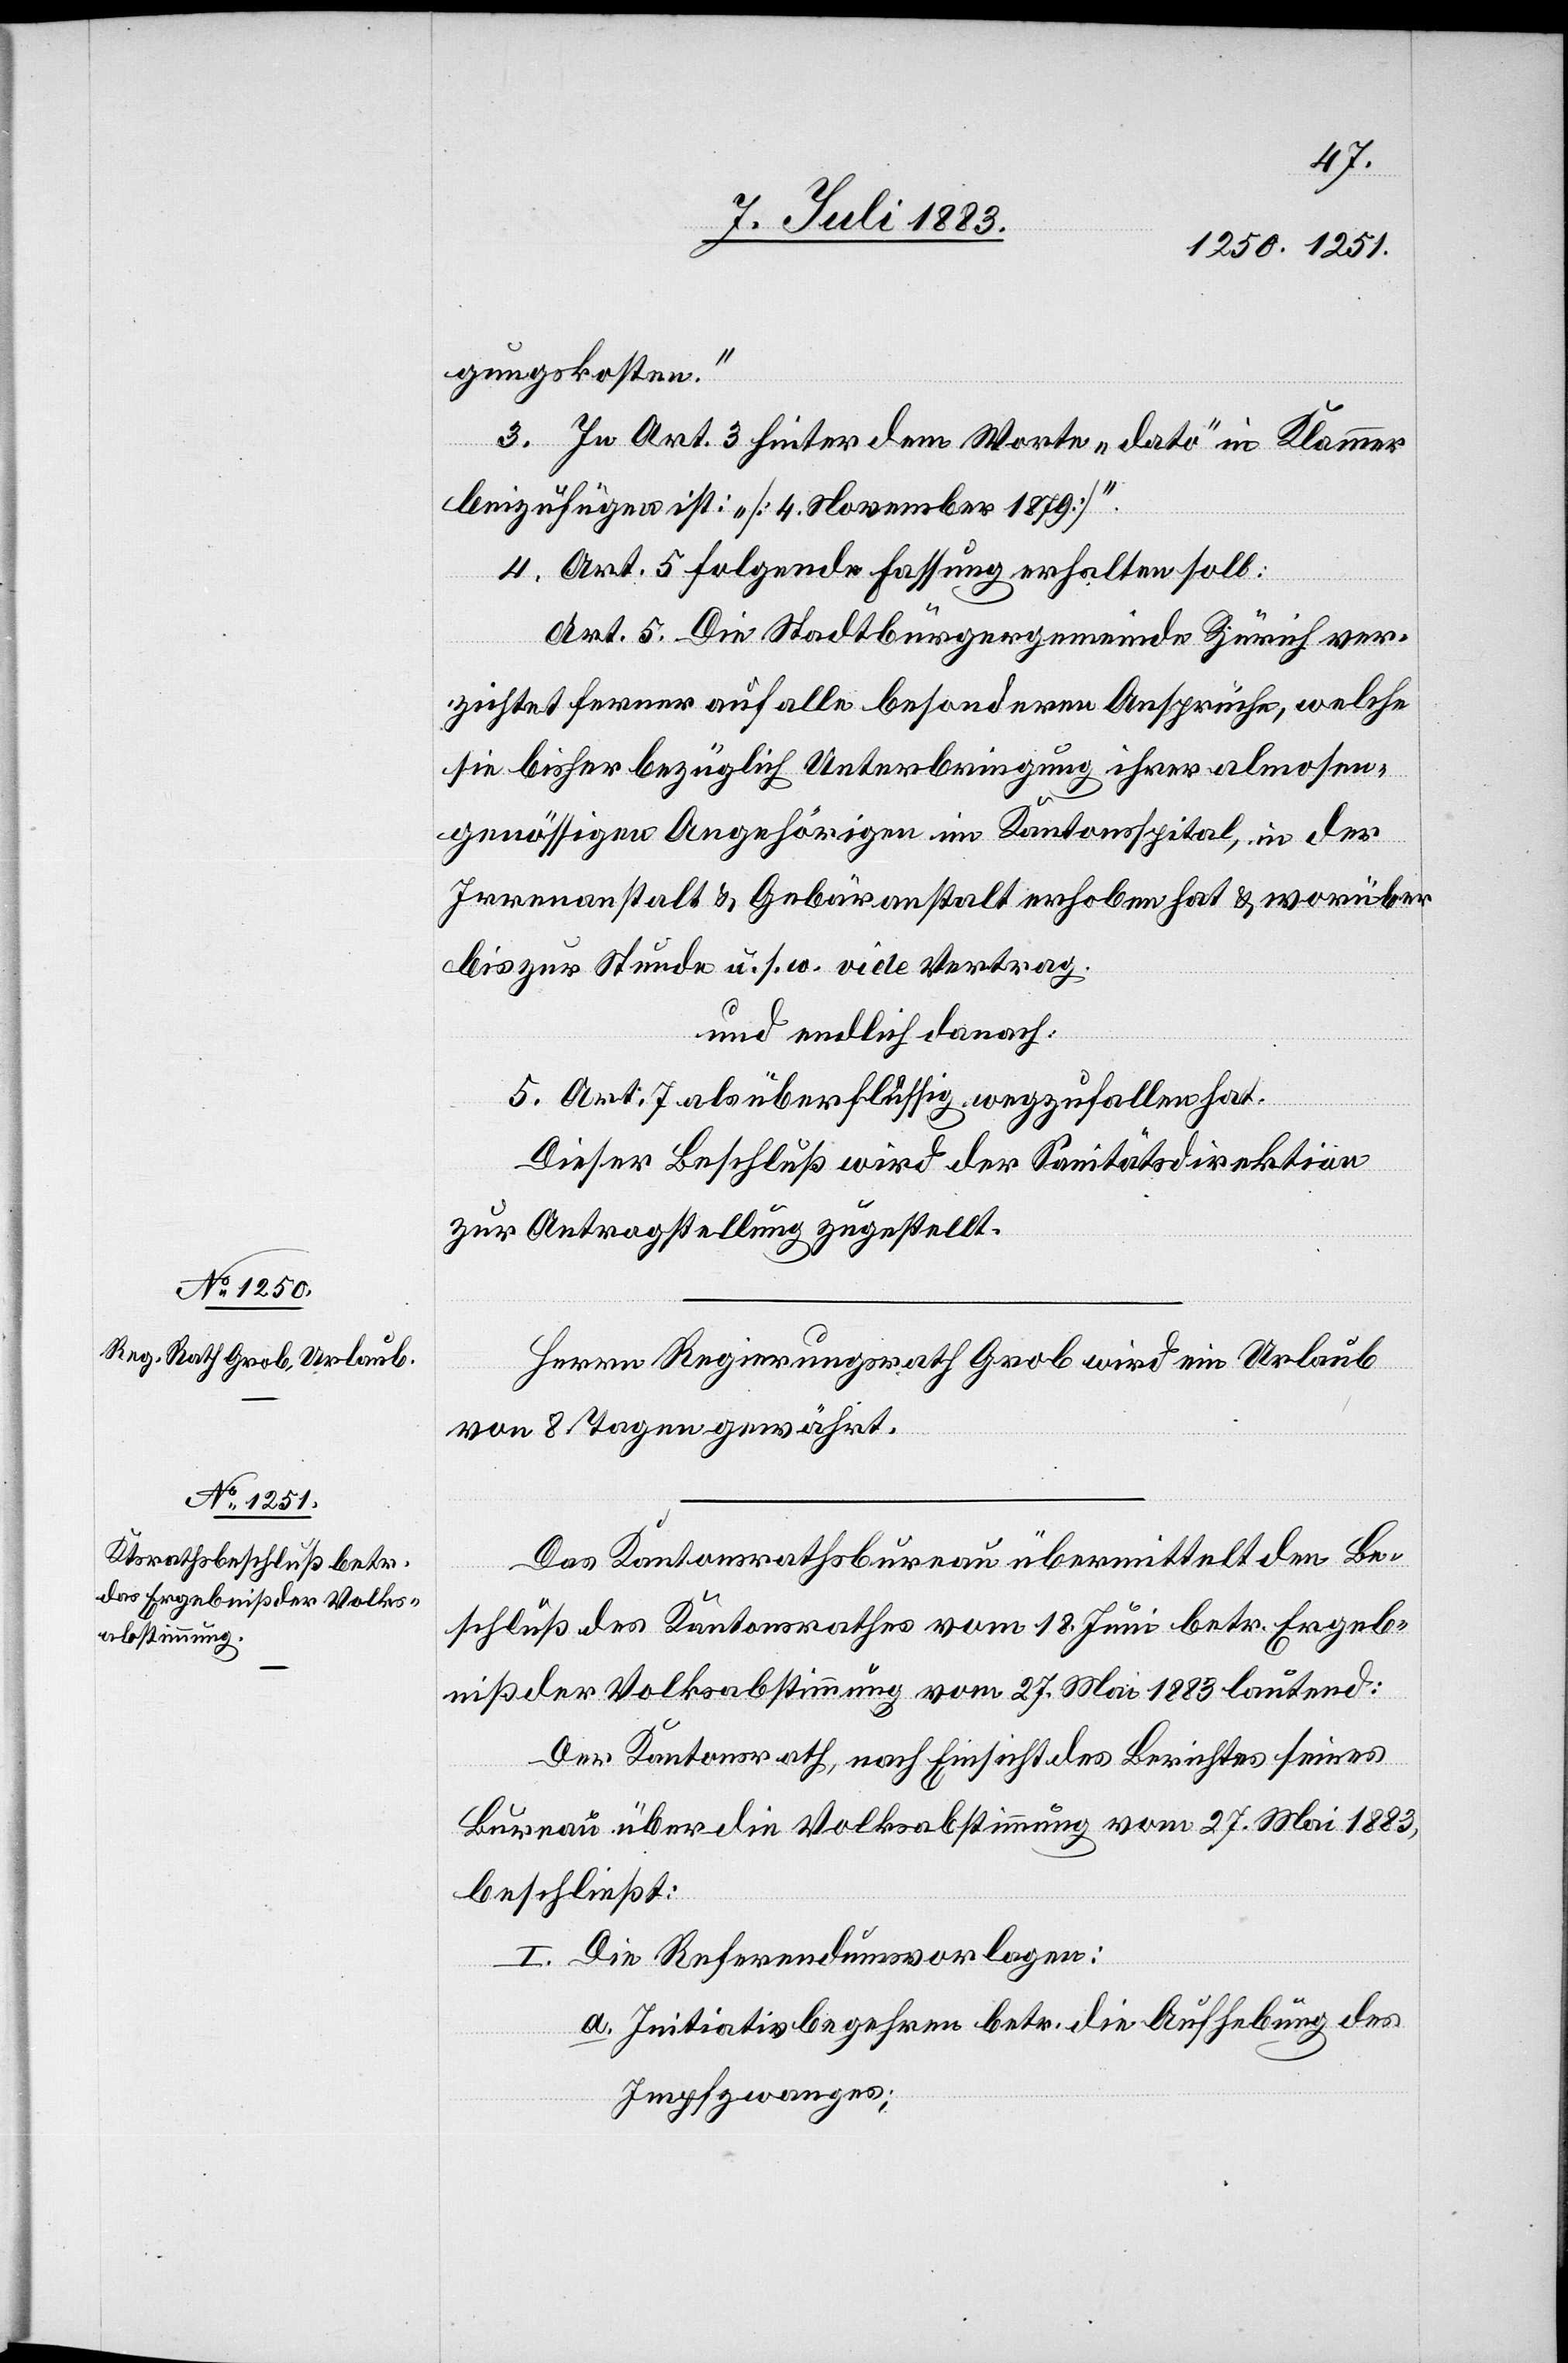
gungskosten.“
3. In Art. 3 hinter dem Worte „dato“ in Klammer
beizufügen ist: „[4. November 1879]“.
4. Art. 5 folgende Fassung erhalten soll:
Art. 5. Die Stadtbürgergemeinde Zürich ver¬
zichtet ferner auf alle besondern Ansprüche, welche
sie bisher bezüglich Unterbringung ihrer almosen¬
genössigen Angehörigen im Kantonsspital, in der
Irrenanstalt & Gebäranstalt erhoben hat & worüber
bis zur Stunde u. s. w. vide Vertrag.
und endlich danach:
5. Art. 7 als überflüssig wegzufallen hat.
Dieser Beschluß wird der Sanitätsdirektion
zur Antragstellung zugestellt.
Herr Regierungsrath Grob wird ein Urlaub
von 8 Tagen gewährt.
Das Kantonsrathsbureau übermittelt den Be¬
schluß des Kantonsrathes vom 18. Juni betr. Ergeb¬
niß der Volksabstimmung vom 27. Mai 1883 lautend:
Der Kantonsrath, nach Einsicht des Berichtes seines
Bureau über die Volksabstimmung vom 27. Mai 1883,
beschließt:
I. Die Referendumsvorlagen:
a. Initiativbegehren betr. die Aufhebung des
Impfzwanges;